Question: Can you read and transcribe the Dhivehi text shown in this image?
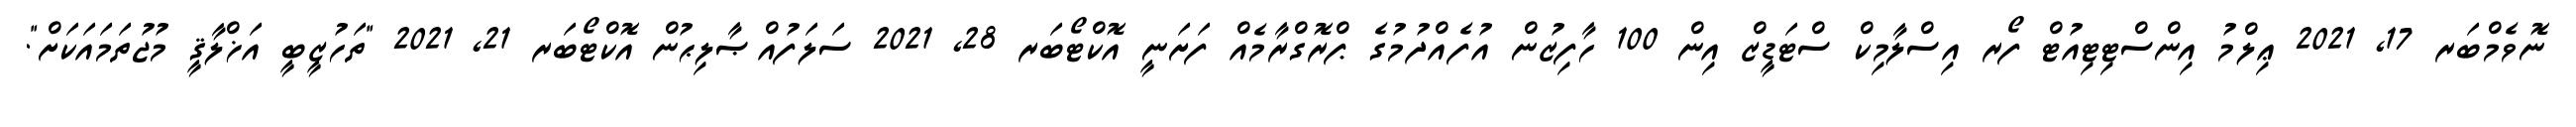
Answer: ނޮވެމްބަރ 17, 2021 ޢިލްމު އިންސްޓިޓިއުޓް ފޯރ އިސްލާމިކް ސްޓަޑީޒް އިން 100 ހާފިޒުން އުފެއްދުމުގެ ޕްރޮގްރާމެއް ފަށަނީ އޮކްޓޯބަރ 28, 2021 ސަލަފުއްޞާލިޙުން އޮކްޓޯބަރ 21, 2021 "ތަހުޒީބީ އަޚްލާޤީ މުޖުތަމައަކަށް".